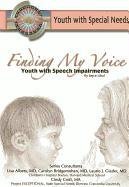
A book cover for Finding My Voice: Youth With Speech Impairment (Youth With Special Needs); Joyce Libal; Teen & Young Adult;